Triennial report on the lunatic asylums in the province of Eastern Bengal and Assam - 1903-1911
Year: 1903
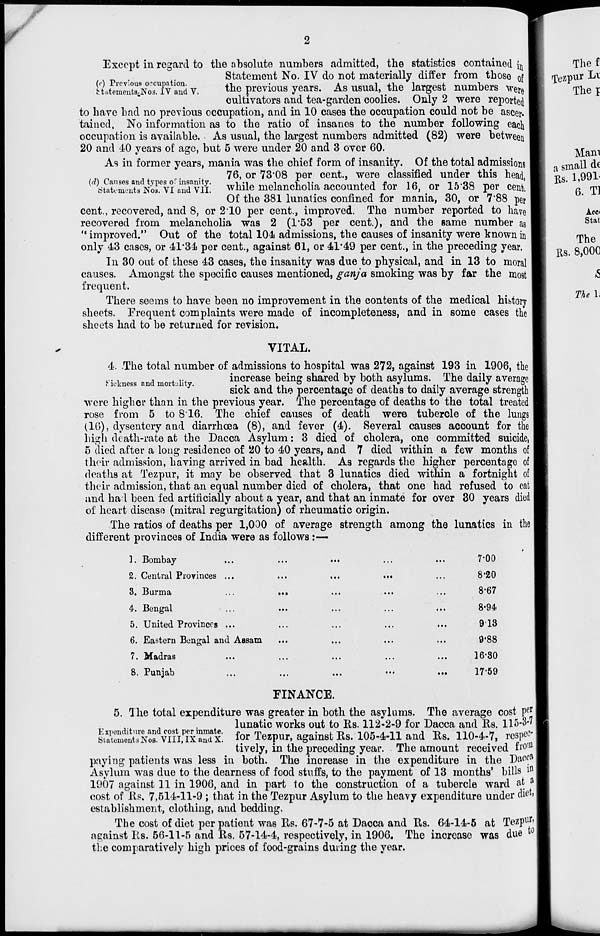
2
(c) Previous occupation.
Statements Nos. IV and V.
Except in regard to the absolute numbers admitted, the statistics contained in
Statement No. IV do not materially differ from those of
the previous years. As usual, the largest numbers were
cultivators and tea-garden coolies. Only 2 were reported
to have had no previous occupation, and in 10 cases the occupation could not be ascer-
tained, No information as to the ratio of insanes to the number following each
occupation is available. As usual, the largest numbers admitted (82) were between
20 and 40 years of age, but 5 were under 20 and 3 over 60.
(d) Causes and types of insanity.
Statements Nos. VI and VII.
As in former years, mania was the chief form of insanity. Of the total admissions
76, or 73.08 per cent., were classified under this head,
while melancholia accounted for 16, or 15.38 per cent.
Of the 381 lunatics confined for mania, 30, or 7.88 per
cent., recovered, and 8, or 2.10 per cent., improved. The number reported to have
recovered from melancholia was 2 (1.53 per cent.), and the same number as
" improved." Out of the total 104 admissions, the causes of insanity were known in
only 43 cases, or 41.34 per cent., against 61, or 41.49 per cent., in the preceding year.
In 30 out of these 43 cases, the insanity was due to physical, and in 13 to moral
causes. Amongst the specific causes mentioned, ganja smoking was by far the most
frequent.
There seems to have been no improvement in the contents of the medical history
sheets. Frequent complaints were made of incompleteness, and in some cases the
sheets had to be returned for revision.
VITAL.
Sickness and mortality.
4. The total number of admissions to hospital was 272, against 193 in 1906, the
increase being shared by both asylums. The daily average
sick and the percentage of deaths to daily average strength
were higher than in the previous year. The percentage of deaths to the total treated
rose from 5 to 816. The chief causes of death were tubercle of the lungs
(16), dysentery and diarrhœa (8), and fever (4). Several causes account for the
high death-rate at the Dacca Asylum: 3 died of cholera, one committed suicide,
5 died after a long residence of 20 to 40 years, and 7 died within a few months of
their admission, having arrived in bad health. As regards the higher percentage of
deaths at Tezpur, it may be observed that 3 lunatics died within a fortnight of
their admission, that an equal number died of cholera, that one had refused to eat
and had been fed artificially about a year, and that an inmate for over 30 years died
of heart disease (mitral regurgitation) of rheumatic origin.
The ratios of deaths per 1,000 of average strength among the lunatics in the
different provinces of India were as follows :—
1. Bombay
...
...
...
...
...
2. Central Provinces ...
...
...
... ...
3. Burma
...
...
...
... ...
4. Bengal ... ... ... ... ...
5. United Provinces ... ... ... ... ...
6. Eastern Bengal and Assam ... ... ... ... ...
7. Madras ... ... ... ... ...
8. Punjab ... ... ... ... ...
7.00
8.20
8.67
8.94
9.13
9.88
16.30
17.59
FINANCE.
Expenditure and cost per inmate.
Statements Nos. VIII, IX and X.
5. The total expenditure was greater in both the asylums. The average cost per
lunatic works out to Rs. 112-2-9 for Dacca and Rs. 115-3-7
for Tezpur, against Rs. 105-4-11 and Rs. 110-4-7, respec-
tively, in the preceding year. The amount received from
paying patients was less in both. The increase in the expenditure in the Dacca
Asylum was due to the dearness of food stuffs, to the payment of 13 months' bills in
1907 against 11 in 1906, and in part to the construction of a tubercle ward at a
cost of Rs. 7,514-11-9 ; that in the Tezpur Asylum to the heavy expenditure under diet,
establishment, clothing, and bedding.
The cost of diet per patient was Rs. 67-7-5 at Dacca and Rs. 64-14-5 at Tezpur
against Rs. 56-11-5 and Rs. 57-14-4, respectively, in 1906. The increase was due to
the comparatively high prices of food-grains during the year.